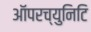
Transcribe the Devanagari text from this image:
ऑपरच्युनिटि